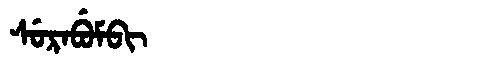
Manchu: ᠰᡠᡵᠠᠪᡠᠮᠪᡳ
Romanization: SURABUMBI